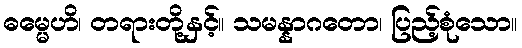
ဓမ္မေဟိ၊ တရားတို့နှင့်။ သမန္နာဂတော၊ ပြည့်စုံသော။